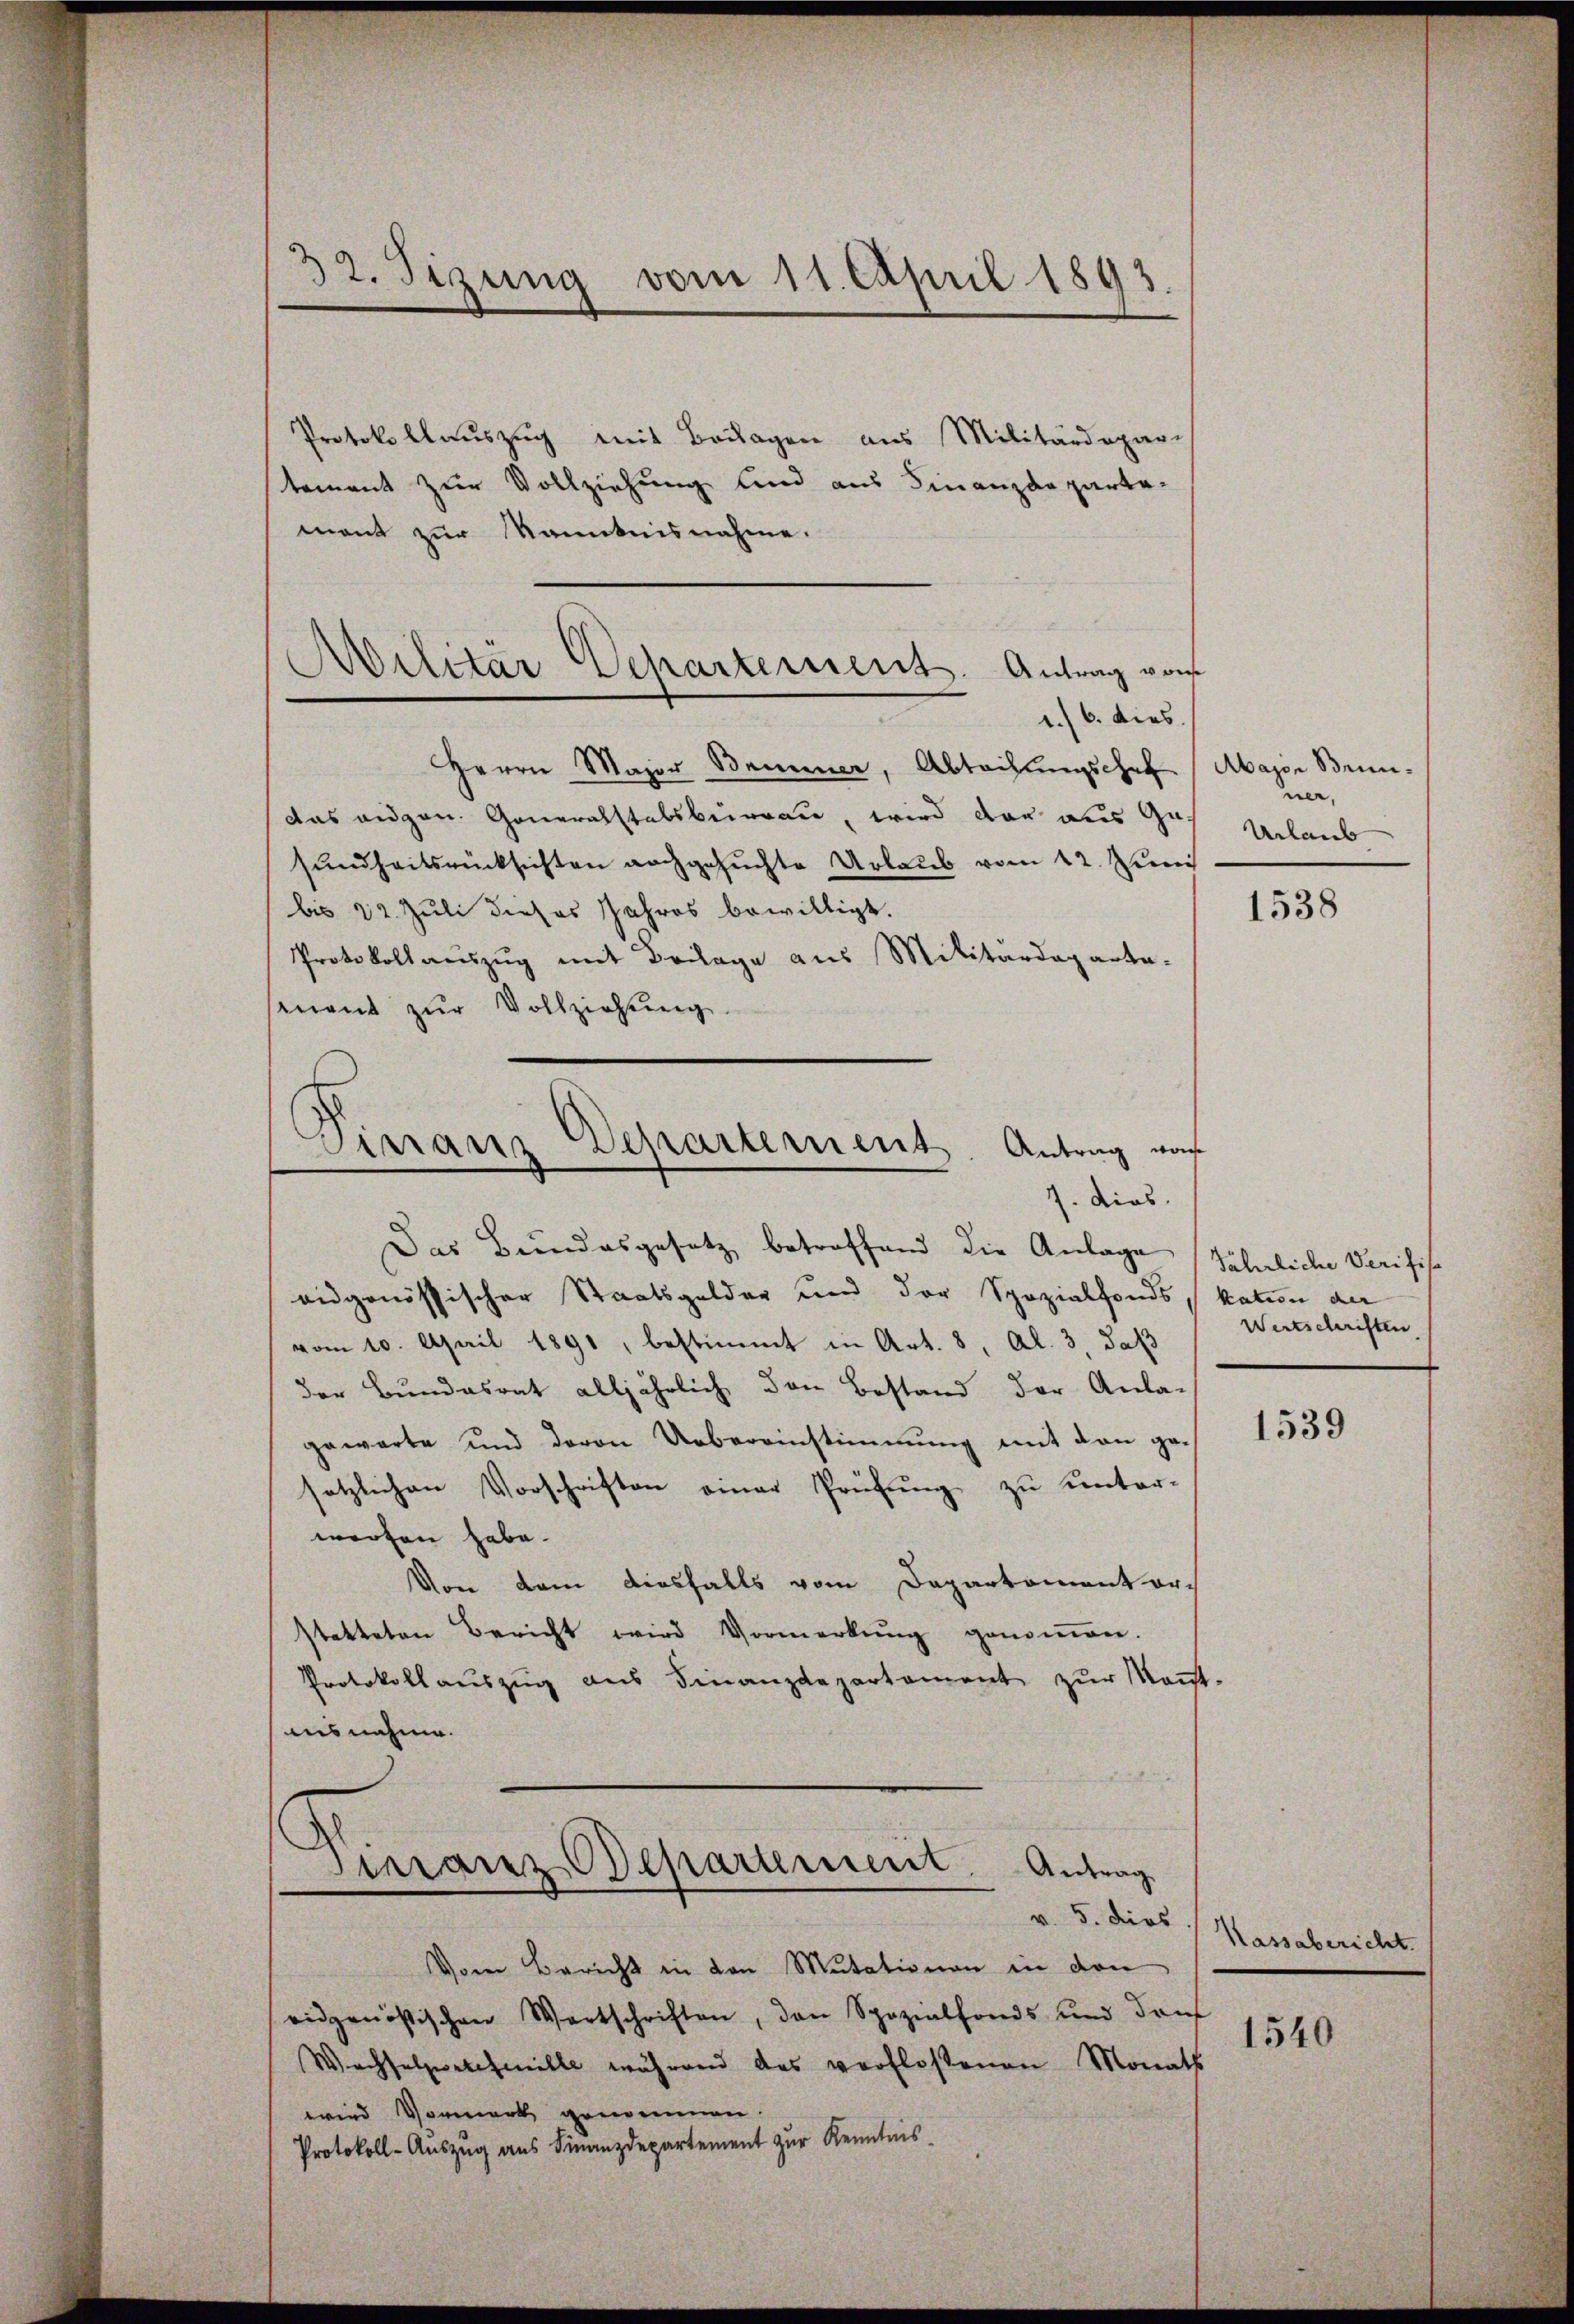
32. Sizung vom 11. April 1893.

Protokollauszug mit Beilagen aus Militärdepar-
tement zur Vollziehung und aus Finanzdeparta-
mant zur Kenntnisnahme.
Herrn Major Bummer, Abtaihungschaf
das angen. Generalstabsbureau, wird der aus Gesundheitsrücksichten nachgesuchte Urlaub vom 12. Juni
bis 22. Juli dieses Jahres bewilligt.
Protokollauszug mit Beilage aus Militärdeparta-
enant zŭr Vollziehung

Militär Departement. Antrag vom
1./6. dies

E
Sirranz Departement. Antrag was
7. dies

Das Bundesgesetz betreffend die Anlage Söhnliche Verifis
eidgenössischer Staatsgelder und der Spozialfonds kation der
vom 10. April 1891, bestimmt in Art. 8, Al. 3, daß
der Bundesrat alljährlich den Bestand der Anla-
gewarte und davon Uebereinstimmung mit den gesetzlichen Vorschriften einer Prüfŭng zu unter-
worfen habe.
Von dem diesfalls vom Departementorstatteten Bericht wird Vormerkŭng genoṁen.
Protokollauszug aus Finanzdepartement zŭr Kant.
iisnehme.

Finanz-Bepartement. Antrag
v. 5. dies

Vom Bericht in den Mutationen in den
eidgenössischen Wortschriften, den Spezialfonds und dan
Wechselzettheille während das verfloßenen Monats
wird Vormerk genommen.
Protokoll-Auszug aus Finanzdepartement zur Kenntnis

Major Brunner,
Urlaub

1538

Wertschriften

1539

Kassabericht.

1540